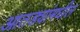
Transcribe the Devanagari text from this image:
आतड्यांमधील